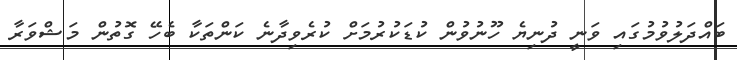
ބައްދަލުވުމުގައި ވަނީ ދުނިޔެ ހޫނުވުން ކުޑަކުރުމަށް ކުރެވިދާނެ ކަންތަކާ ބެހޭ ގޮތުން މަޝްވަރާ